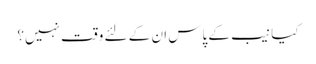
کیا نیب کے پاس ان کے لئے وقت نہیں؟